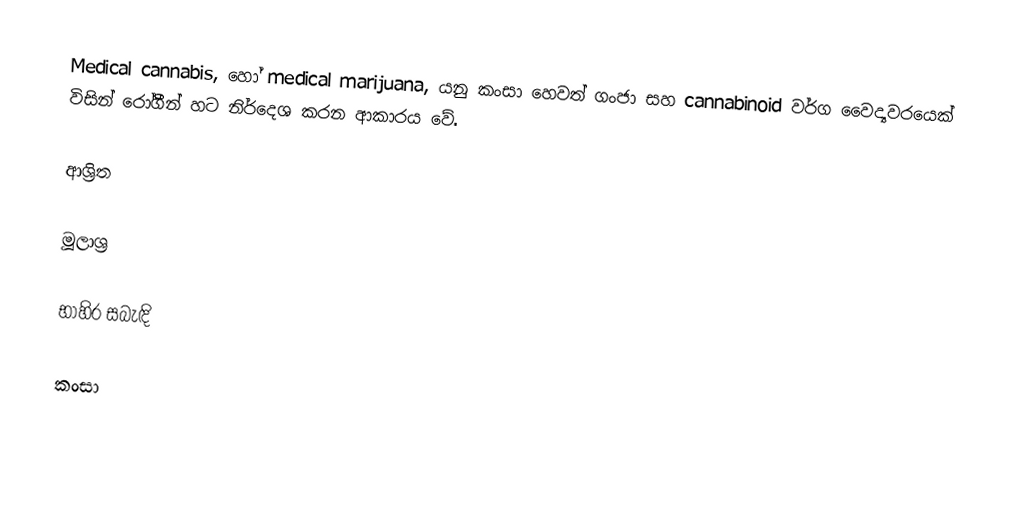
Medical cannabis, හෝ medical marijuana, යනු කංසා හෙවත් ගංජා සහ cannabinoid වර්ග වෛද්‍යවරයෙක් විසින් රෝගීන් හට නිර්දෙශ කරන ආකාරය වේ.

ආශ්‍රිත

මූලාශ්‍ර

භාහිර සබැඳි

කංසා